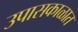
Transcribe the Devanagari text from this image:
उपासकाळात